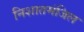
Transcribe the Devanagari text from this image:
निशातमंजिल